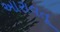
આરાવતૂ